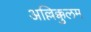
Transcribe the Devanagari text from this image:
अल्लिक्कुलम